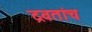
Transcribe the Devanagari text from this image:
द्रवतांच